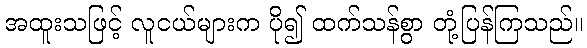
အထူးသဖြင့် လူငယ်များက ပို၍ ထက်သန်စွာ တုံ့ပြန်ကြသည်။